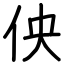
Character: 佒